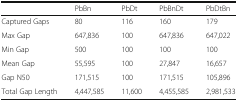
<table><thead><tr><td></td><td><b>PbBn</b></td><td><b>PbDt</b></td><td><b>PbBnDt</b></td><td><b>PbDtBn</b></td></tr></thead><tbody><tr><td>Captured Gaps</td><td>80</td><td>116</td><td>160</td><td>179</td></tr><tr><td>Max Gap</td><td>647,836</td><td>100</td><td>647,836</td><td>647,022</td></tr><tr><td>Min Gap</td><td>500</td><td>100</td><td>100</td><td>100</td></tr><tr><td>Mean Gap</td><td>55,595</td><td>100</td><td>27,847</td><td>16,657</td></tr><tr><td>Gap N50</td><td>171,515</td><td>100</td><td>171,515</td><td>105,896</td></tr><tr><td>Total Gap Length</td><td>4,447,585</td><td>11,600</td><td>4,455,585</td><td>2,981,533</td></tr></tbody></table>